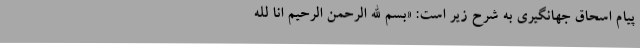
پیام اسحاق جهانگیری به شرح زیر است: «بسم الله الرحمن الرحیم انا لله